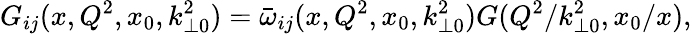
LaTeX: G_{ij}(x,Q^{2},x_{0},k_{\perp 0}^{2})=\bar{\omega}_{ij}(x,Q^{2},x_{0},k_{\perp 0}^{2})G(Q^{2}/k_{\perp 0}^{2},x_{0}/x),